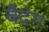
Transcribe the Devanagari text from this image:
बैदंग